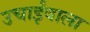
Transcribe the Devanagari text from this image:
उचाईंवाला